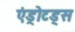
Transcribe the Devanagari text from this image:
एंड्रोटड्स